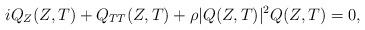
LaTeX: \begin{align*}iQ_Z(Z,T)+Q_{TT}(Z,T)+\rho|Q(Z,T)|^2Q(Z,T)=0,\end{align*}